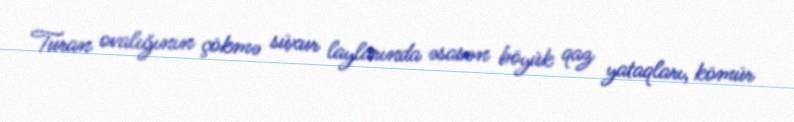
Turan ovalığının çökmə süxur laylarında əsasən böyük qaz yataqları, kömür